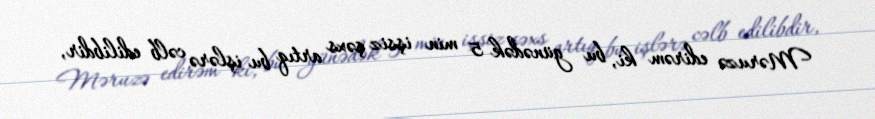
Məruzə edirəm ki, bu günədək 5 min işsiz şəxs artıq bu işlərə cəlb edilibdir,